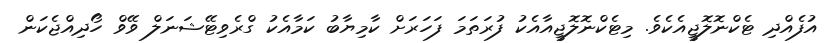
އުފެއްދި ޓެކްނޮލޮޖީއެކެވެ. މިޓެކްނޮލޮޖީއާއެކު ފުރަތަމަ ފަހަރަށް ކާމިޔާބު ކަމާއެކު ގްރެވިޓޭޝަނަލް ވޭވް ހޯދިއްޖެކަން